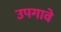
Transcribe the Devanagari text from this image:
उपगावे